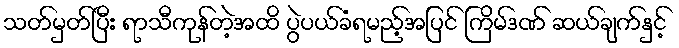
သတ်မှတ်ပြီး ရာသီကုန်တဲ့အထိ ပွဲပယ်ခံရမည့်အပြင် ကြိမ်ဒဏ် ဆယ်ချက်နှင့်